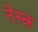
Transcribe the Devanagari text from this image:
नेस्क